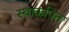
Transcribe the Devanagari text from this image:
स्थाकपित